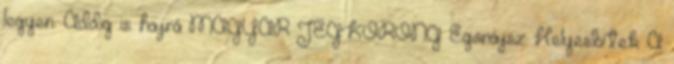
legyen. Addig is hajrá MAGYAR JÉGKORONG Egonájsz: Helyesbítek: A